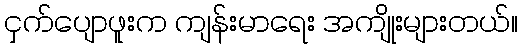
ငှက်ပျောဖူးက ကျန်းမာရေး အကျိုးများတယ်။